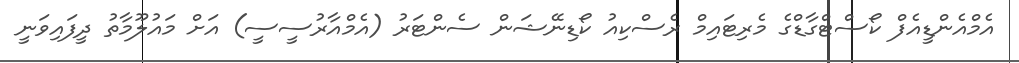
އެމްއެންޑީއެފް ކޯސްޓްގާޑްގެ މެރިޓައިމް ރެސްކިއު ކޯޑިނޭޝަން ސެންޓަރު (އެމްއާރުސީސީ) އަށް މައުލޫމާތު ދީފައިވަނީ